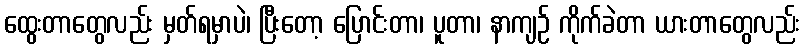
ထွေးတာတွေလည်း မှတ်ရမှာပဲ၊ ပြီးတော့ ပြောင်းတာ၊ ပူတာ၊ နာကျဉ် ကိုက်ခဲတာ ယားတာတွေလည်း